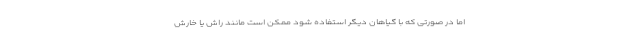
اما در صورتی که با گیاهان دیگر استفاده شود ممکن است مانند راش یا خارش